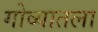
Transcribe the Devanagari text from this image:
गोव्यातला